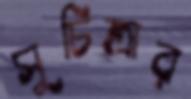
সুচিত্রার